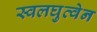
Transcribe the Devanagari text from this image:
स्वलघुत्वेन